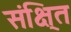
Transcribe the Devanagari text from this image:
संक्षि्त